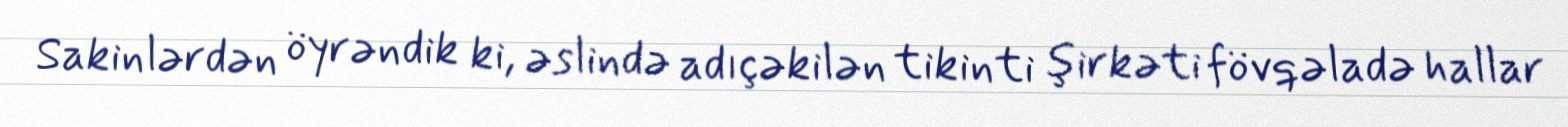
Sakinlərdən öyrəndik ki, əslində adıçəkilən tikinti şirkəti fövqəladə hallar